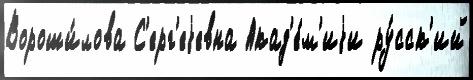
Вороши́лова С'ерг'еjевна Акад'е́м'иjи ру́сск'ий